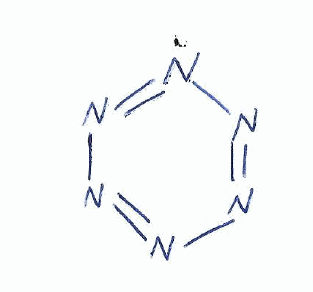
Simplified molecular-input line-entry system (SMILES) notation of the given molecule:
N1=NN=NN=N1